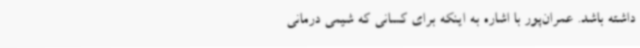
داشته باشد. عمران‌پور با اشاره به اینکه برای کسانی که شیمی درمانی